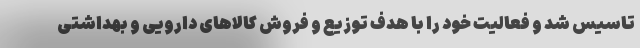
تاسیس شد و فعالیت خود را با هدف توزیع و فروش کالاهای دارویی و بهداشتی